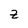
Character: Z